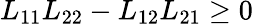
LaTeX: L_{11}L_{22}-L_{12}L_{21}\geq 0